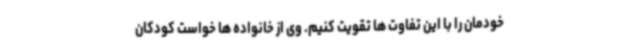
خودمان را با این تفاوت ها تقویت کنیم. وی از خانواده ها خواست کودکان